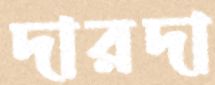
দারদা